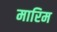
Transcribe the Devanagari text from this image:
मारिम